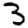
Digit: 3